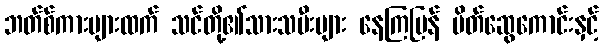
ဘတ်စ်ကားများထက် သင်တို့၏သားသမီးများ နေကြပြန် မိတ်ဆွေကောင်းနှင့်